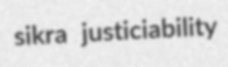
sikra justiciability